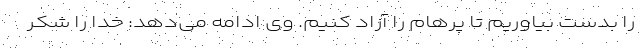
را بدست بیاوریم تا پرهام را آزاد کنیم. وی ادامه می‌دهد: خدا را شکر